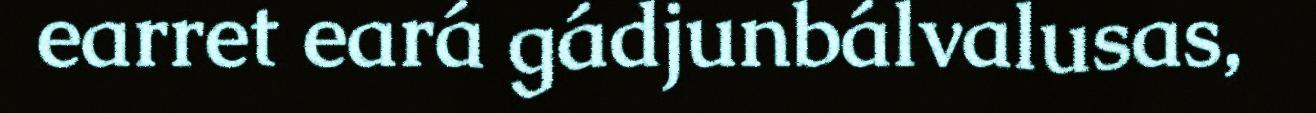
earret eará gádjunbálvalusas,